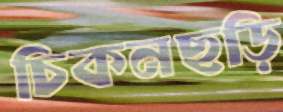
চিকনছড়ি